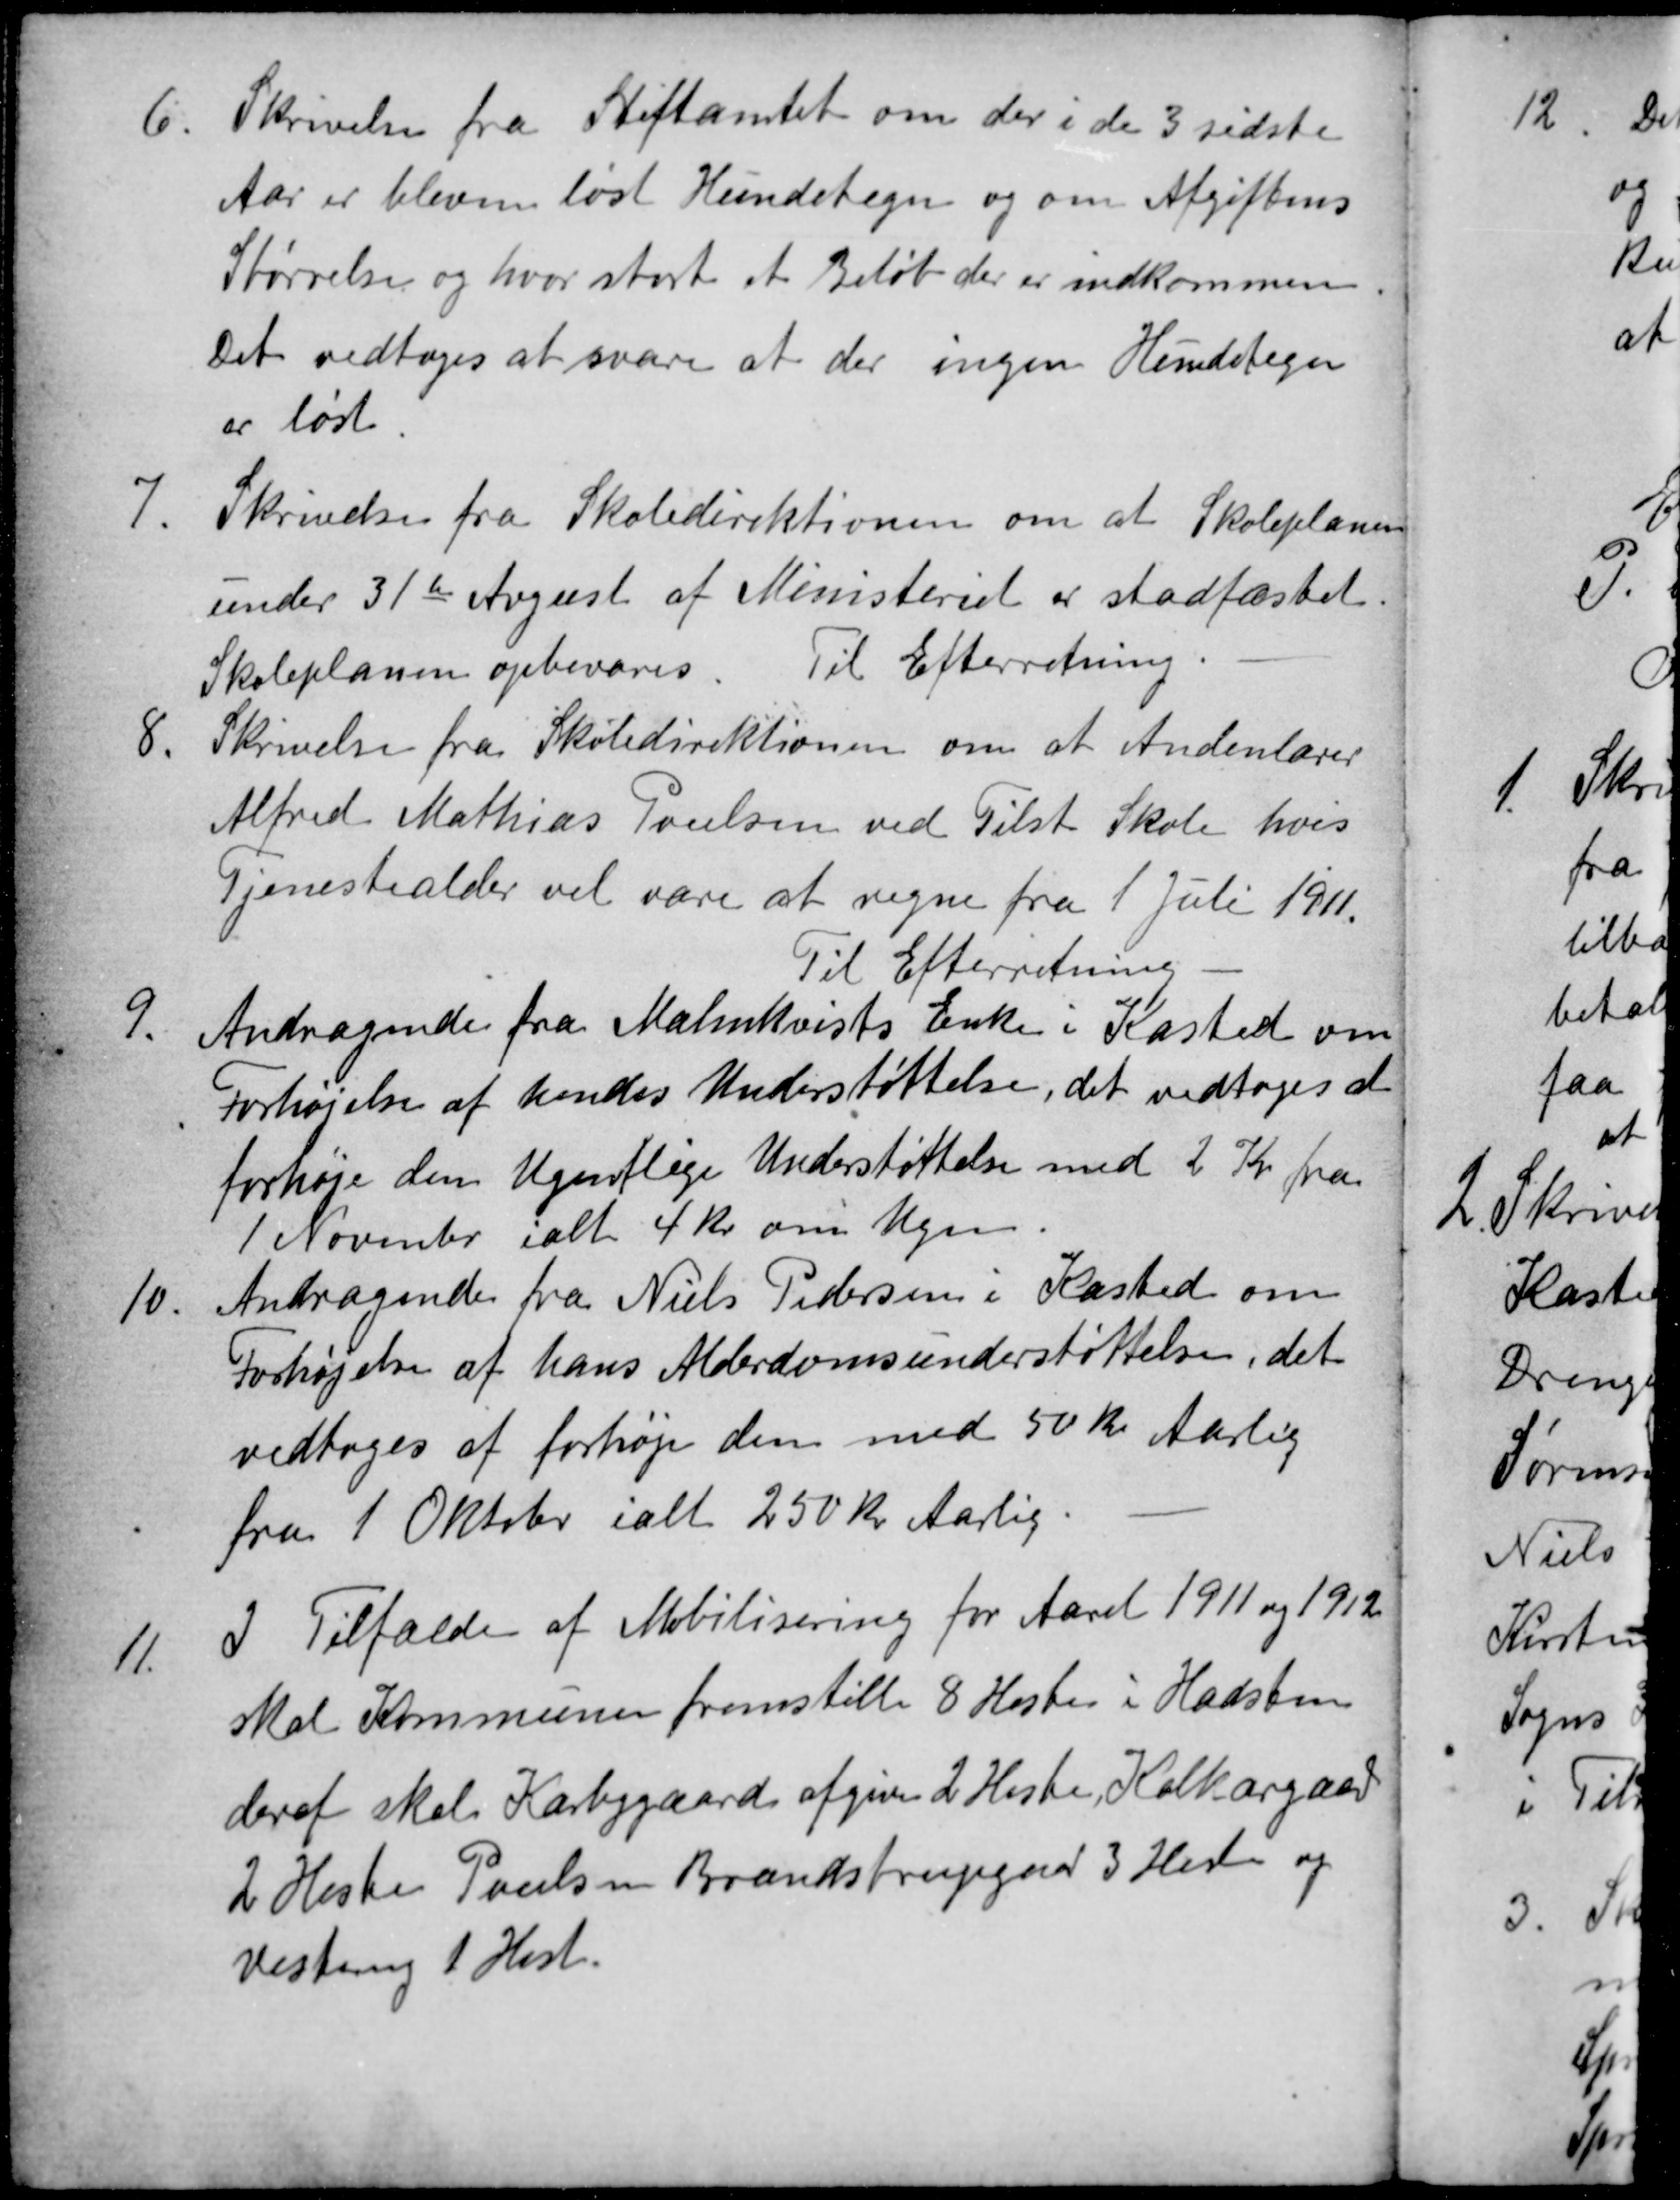
Transskription:
6
Skrivelse fra Stiftamtet om der i de 3 sidste
Aar er bleven løst Hundetegn og om Afgiftens
Størrelse og hvor stort et Beløb der er indkommen.
Det vedtoges at svare at der ingen Hundetegn
er løst.
7
Skrivelse fra Skoledirektionen om at Skoleplanen
under 31te August af Ministeriet er stadfæstet.
Skoleplanen opbevares Til Efterretning.
8.
Skrivelse fra Skoledirektionen om at Andenlærer
Alfred Mathias Poulsen ved Tilst Skole hvis
Tjenestealder vil være at regne fra 1 Juli 1911.
Til Efterretning
9.
Andragende fra Malmkvists Enke i Kasted om
Forhøjelse af hendes Understøttelse, det vedtoges at
forhøje den Ugentlige Understøttelse med 2 Kr. fra
1 November ialt 4 Kr om Ugen.
10.
Andragende fra Niels Pedersen i Kasted om
Forhøjelse af hans Alderdomsunderstøttelse, det
vedtoges at forhøje den med 50 Kr Aarlig
fra 1 Oktober ialt 250 Kr Aarlig.
11.
I Tilfælde af Mobilisering for Aaret 1911 og 1912
skal Kommunen fremstille 8 Heste i Hadsten
deraf skal Kærbygaard afgive 2 Heste, Kolkærgaard
2 Heste Poulsen Brendstrupgaard 3 Heste og
Vestereng 1 Hest.